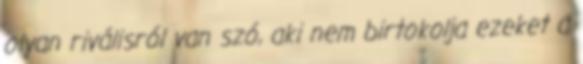
olyan riválisról van szó, aki nem birtokolja ezeket a